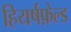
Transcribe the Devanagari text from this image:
हियर्षफ़ेल्ड